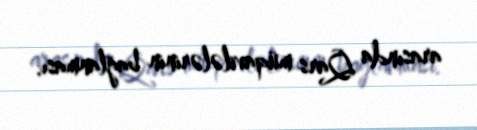
arasında Qars müqavilələrinin bağlanması.